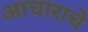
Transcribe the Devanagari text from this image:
आचाराचे